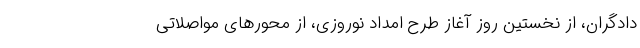
دادگران، از نخستین روز آغاز طرح امداد نوروزی، از محورهای مواصلاتی